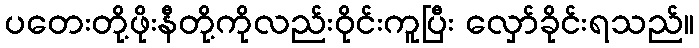
ပတေးတို့ဖိုးနီတို့ကိုလည်းဝိုင်းကူပြီး လှော်ခိုင်းရသည်။